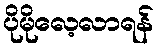
ပိုမိုလေ့လာရန်